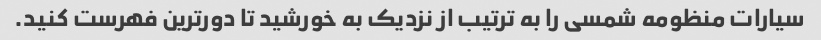
سیارات منظومه شمسی را به ترتیب از نزدیک به خورشید تا دورترین فهرست کنید.